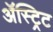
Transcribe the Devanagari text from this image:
ॲस्ट्रिट